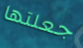
جعلتها